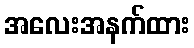
အလေးအနက်ထား